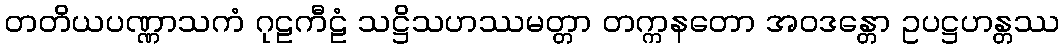
တတိယပဏ္ဏာသကံ ဂုဠကီဠံ သဋ္ဌိသဟဿမတ္တာ တက္ကနတော အဝဒန္တော ဥပဋ္ဌဟန္တဿ